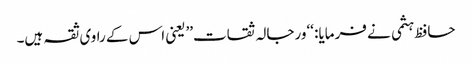
حافظ ہثمی نے فرمایا: ‘‘ورجالہ ثقات’’یعنی اس کے راوی ثقہ ہیں۔